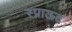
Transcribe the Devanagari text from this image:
स्प्राऊट